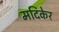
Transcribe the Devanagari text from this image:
मदिकेर